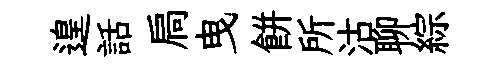
遑話扃曳餅所沽聊綜